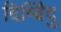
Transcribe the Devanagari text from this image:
दिग्विंदु